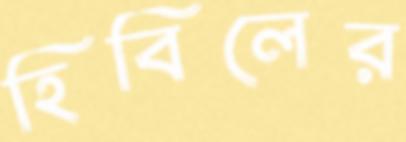
হিবিলের